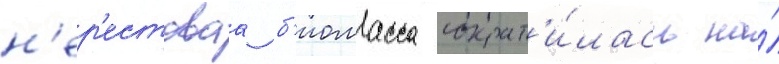
н'ер'естоваа б'иомасса сократ'и́лась на́